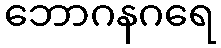
ဘောဂနဂရေ